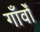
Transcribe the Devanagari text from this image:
गाँवोँ